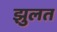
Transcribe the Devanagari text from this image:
झुलत